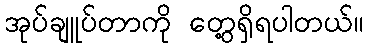
အုပ်ချူပ်တာကို တွေ့ရှိရပါတယ်။